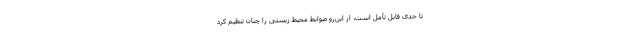
تا حدی قابل تأمل است، از این‌رو ضوابط محیط زیستی را چنان تنظیم کرد